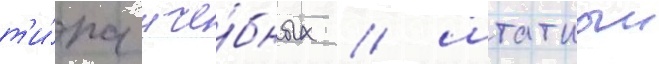
т'и́па уче́бных / штатныи